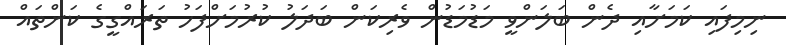
ނިމިފައި ކަމަށާއި ދެން ބަލަންވީ މަޑުމަޑުން ވެރިކަން ބަދަލު ކުރުމަށްފަހު ތަރައްގީގެ ކަންތައް